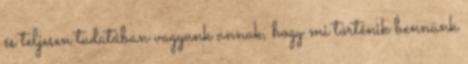
és teljesen tudatában vagyunk annak, hogy mi történik bennünk